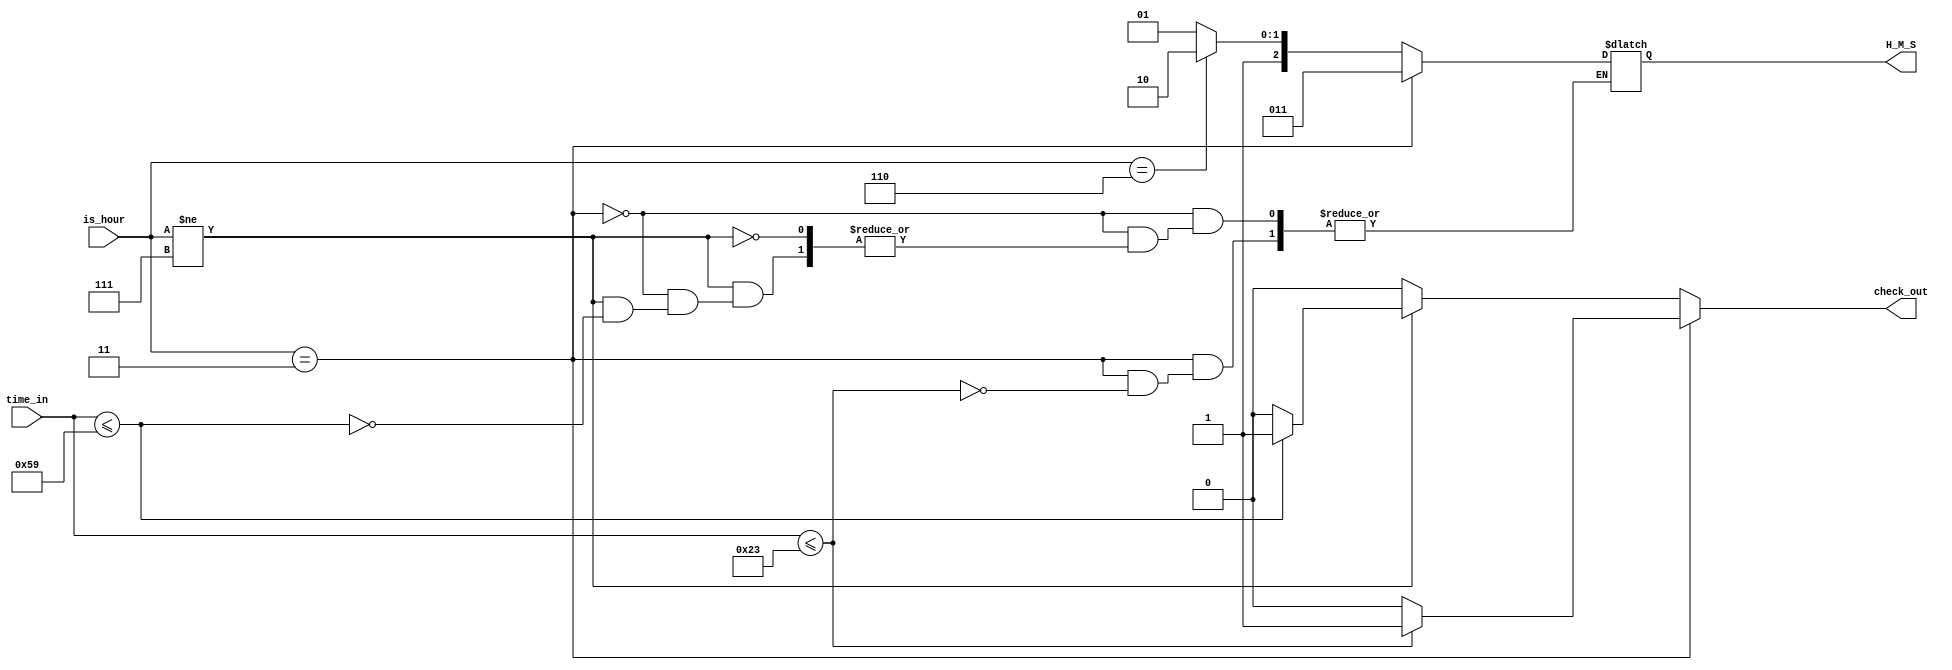
//check input
module check_time_in(output check_out,
                     output [2:0]H_M_S,
                     input [7:0]time_in,
							input [2:0]is_hour);
	 reg [7:0]r_check;
	 reg [2:0]r_H_M_S;
	 
    always @(is_hour, time_in) begin
				 if(is_hour == 3'b011) begin
				     if(time_in  <= 8'h23) begin
					      r_check = 1;
							r_H_M_S = 3'b011;
					  end
					  else 
					      r_check = 0;
				 end
				 else if(is_hour != 3'b111) begin
					  if(time_in <= 8'h59) begin
					      r_check = 1;
							if(is_hour == 3'b110)
							   r_H_M_S = 3'b110;
							else
							   r_H_M_S = 3'b101;
					  end
					  else
					      r_check  = 0;
				 end	
				 else 
				     r_check = 0;
	 end
	 assign H_M_S = r_H_M_S;
	 assign check_out = r_check;
endmodule